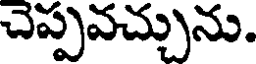
చెప్పవచ్చును.